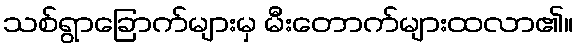
သစ်ရွာခြောက်များမှ မီးတောက်များထလာ၏။